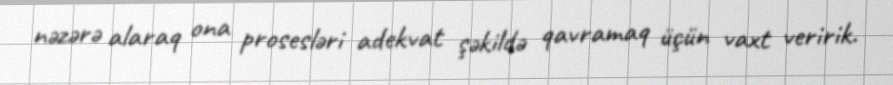
nəzərə alaraq ona prosesləri adekvat şəkildə qavramaq üçün vaxt veririk.